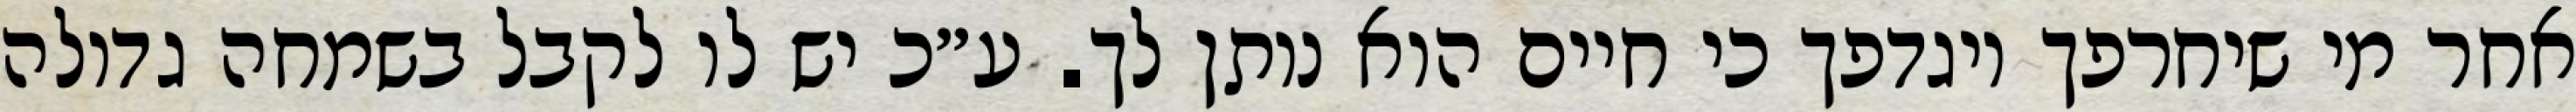
אחר מי שיחרפך ויגדפך כי חיים הוא נותן לך. ע״כ יש לו לקבל בשמחה גדולה